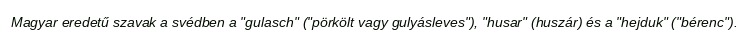
Magyar eredetű szavak a svédben a "gulasch" ("pörkölt vagy gulyásleves"), "husar" (huszár) és a "hejduk" ("bérenc").